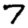
Digit: 7